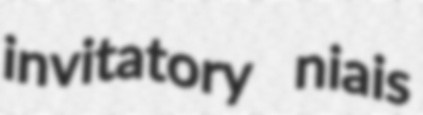
invitatory niais